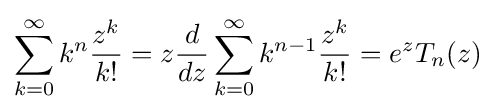
\sum _{k=0}^{\infty }k^{n}{\frac {z^{k}}{k!}}=z{\frac {d}{dz}}\sum _{k=0}^{\infty }k^{n-1}{\frac {z^{k}}{k!}}\,\!=e^{z}T_{n}(z)